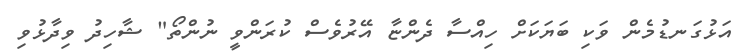
އަޅުގަނޑުމެން ވަކި ބަޔަކަށް ހިއްސާ ދެންޏާ އޭރުވެސް ކުރަންވީ ނުންތޯ" ޝާހިދު ވިދާޅުވި